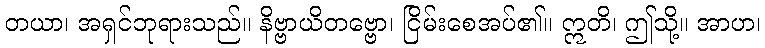
တယာ၊ အရှင်ဘုရားသည်။ နိဗ္ဗာယိတဗ္ဗော၊ ငြိမ်းစေအပ်၏။ ဣတိ၊ ဤသို့။ အာဟ၊